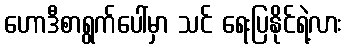
ဟောဒီစာရွက်ပေါ်မှာ သင် ရေးပြနိုင်ရဲ့လား